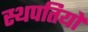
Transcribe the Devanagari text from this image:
स्थपतियों